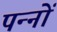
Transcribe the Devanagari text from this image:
पन्‍नों